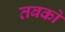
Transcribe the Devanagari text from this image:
तबको